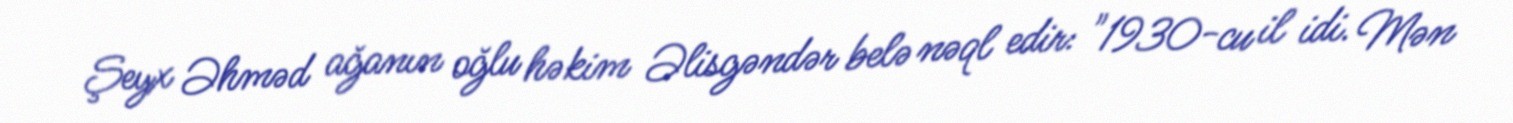
Şeyx Əhməd ağanın oğlu həkim Əlisgəndər belə nəql edir: "1930-cu il idi. Mən